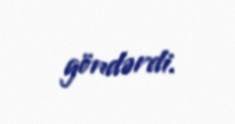
göndərdi.